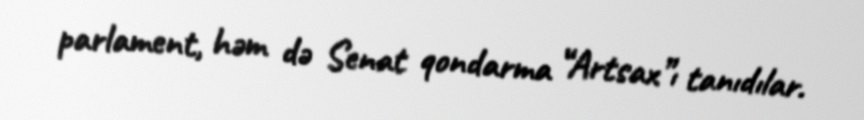
parlament, həm də Senat qondarma “Artsax”ı tanıdılar.